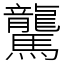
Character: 驡